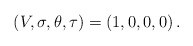
\begin{align*}(V,\sigma ,\theta ,\tau)=(1,0,0,0)\,. \end{align*}